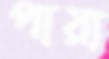
পায়া